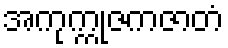
အကုက္ကုဇကဇာတံ